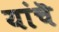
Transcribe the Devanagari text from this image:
यांचॆ